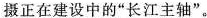
摄正在建设中的“长江主轴”。